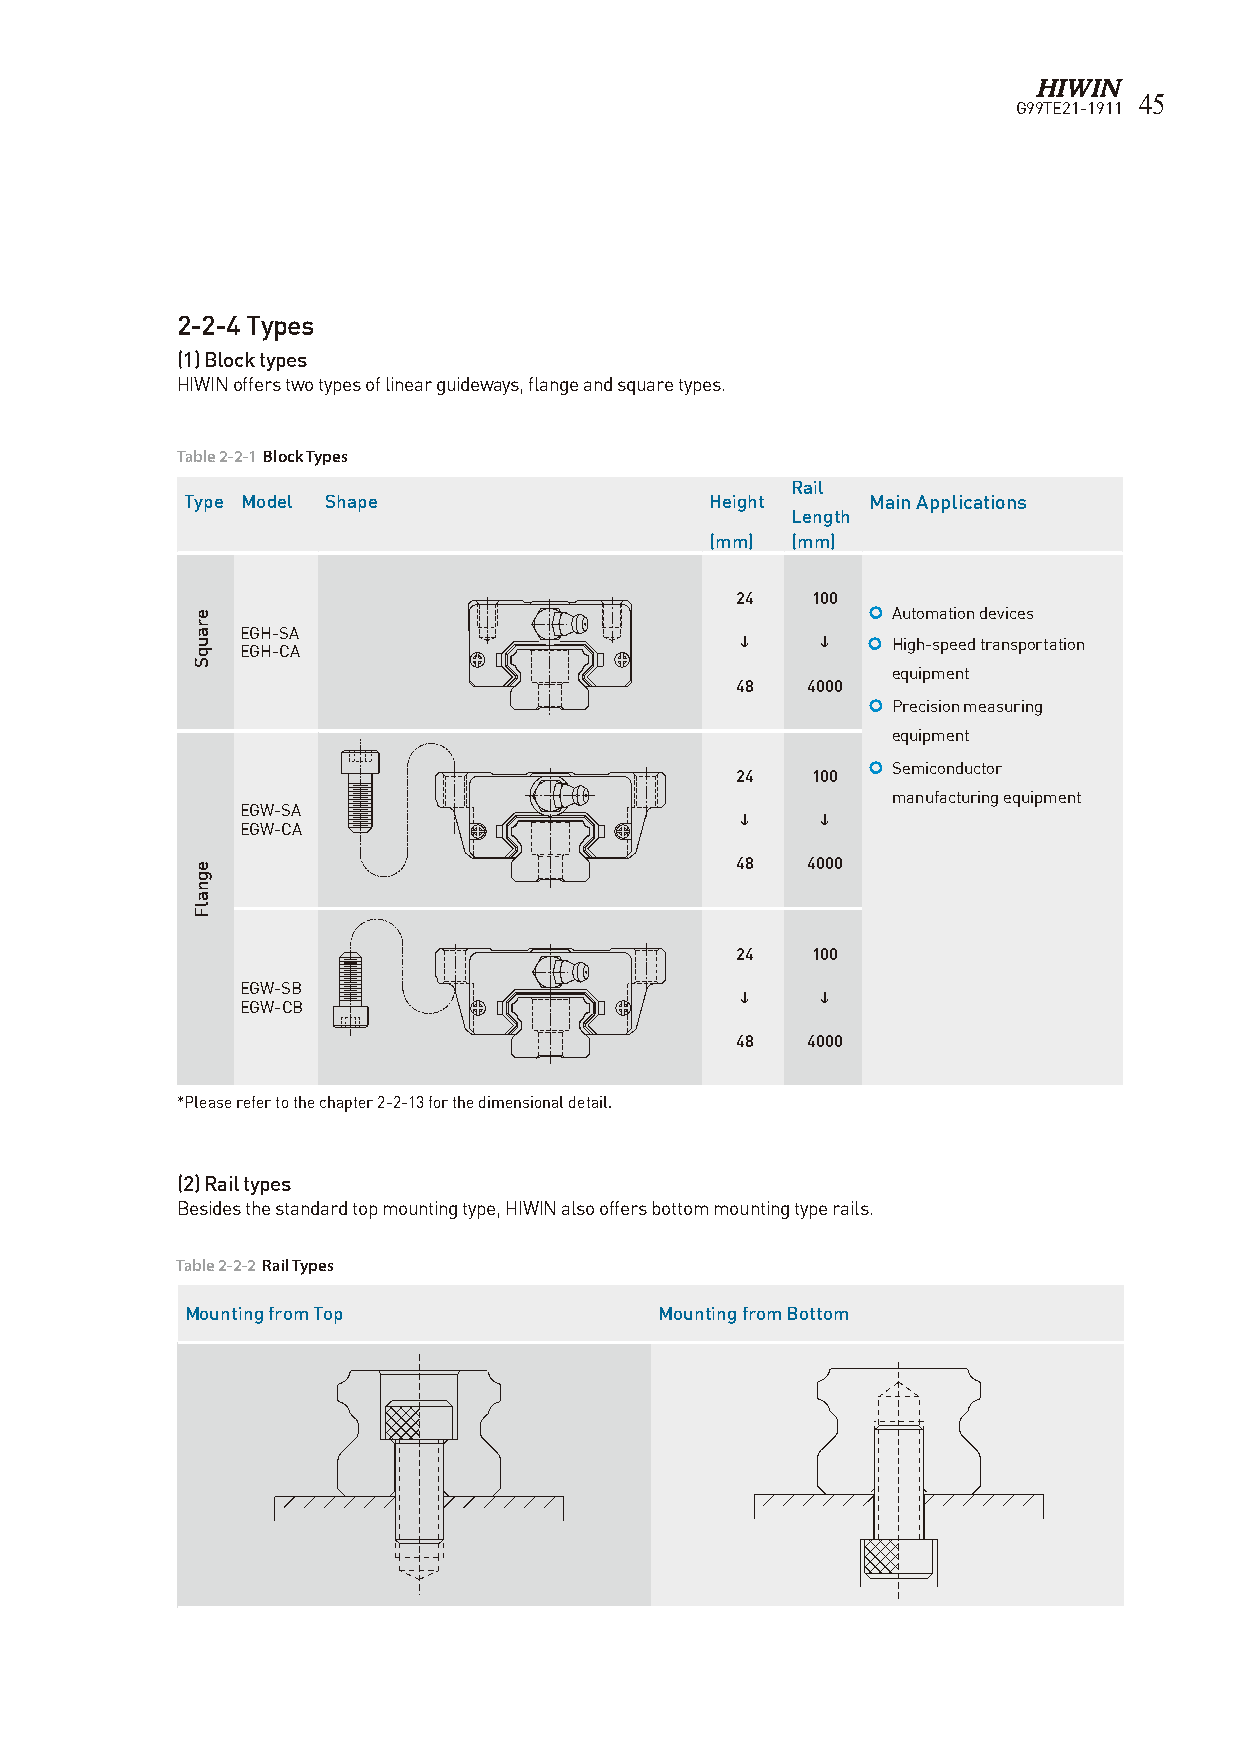
45
 G99TE21-1911
 2-2-4 Types
 (1) Block types
 HIWIN offers two types of linear guideways, flange and square types.
 Table 2-2-1 Block Types
 Rail
 Type Model Shape                   Height     Main Applications
 Length
 (mm) (mm)
 24   100
 e                                            Automation devices
 r
 a  EGH-SA
 u                                          High-speed transportation
 q  EGH-CA
 S
 equipment
 48  4000
  Precision measuring
 equipment
  Semiconductor
 24   100
 manufacturing equipment
 EGW-SA
     
 EGW-CA
 e                                   48  4000
 g
 n
 a
 Fl
 24   100
 EGW-SB
     
 EGW-CB
 48  4000
 *Please refer to the chapter 2-2-13 for the dimensional detail.
 (2) Rail types
 Besides the standard top mounting type, HIWIN also offers bottom mounting type rails.
 Table 2-2-2 Rail Types
 Mounting from Top               Mounting from Bottom